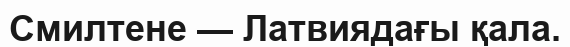
Смилтене — Латвиядағы қала.